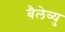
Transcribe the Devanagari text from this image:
बैलेव्यु